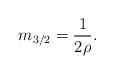
LaTeX: \begin{align*}m_{3/2}=\frac{1}{2\rho}.\end{align*}